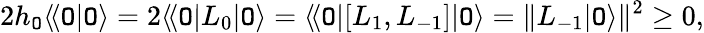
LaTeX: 2h_{\cal\mathtt{O}}\langle\! \langle{\cal\mathtt{O}}|{\cal\mathtt{O}}\rangle=2\langle\! \langle{\cal\mathtt{O}}|L_{0}|{\cal\mathtt{O}}\rangle=\langle\! \langle{\cal\mathtt{O}}|[L_{1},L_{-1}]|{\cal\mathtt{O}}\rangle=\| L_{-1}|{\cal\mathtt{O}}\rangle\| ^{2}\geq0,